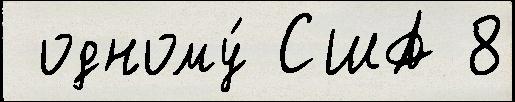
 одному́ США 8